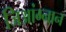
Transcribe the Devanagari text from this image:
जिआंग्नान